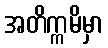
အတိက္ကမိမှာ